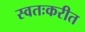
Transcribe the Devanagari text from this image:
स्वतःकरीत